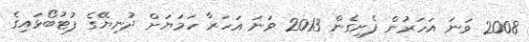
2008 ވަނަ އަހަރުން ފެށިގެން 2013 ވަނަ އަހަރާ ހަމަޔަށް ދުނިޔޭގެ ފުޓުބޯޅައިގެ